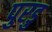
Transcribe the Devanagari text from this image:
पुरडु